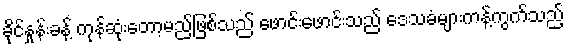
ခိုင်နှုန်းခန့် ကုန်ဆုံးတော့မည်ဖြစ်သည် ဖောင်းဖောင်းသည် ဒေသခံများကန့်ကွက်သည့်